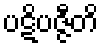
ပဋိပဇ္ဇီတိ